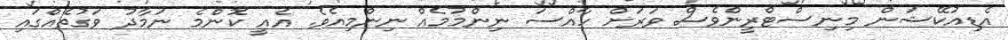
އެޑިއުކޭޝަން މިނިސްޓްރީންވެސް ވަރަށް ހާއްސަ ނިންމުމެއް ނިންމިއެވެ. އެއީ ކޮންމެ ނަމާދު ވަގުތެއްގައި